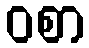
ဝစာ